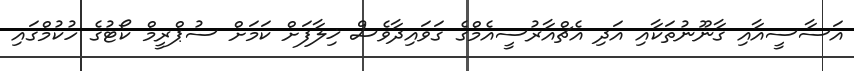
އަސާސީއާއި ގާނޫނުތަކާއި އަދި އެޗްއާރުސީއެމްގެ ގަވައިދާވެސް ޚިލާފަށް ކަމަށް ސުޕްރީމް ކޯޓުގެ ހުކުމްގައި